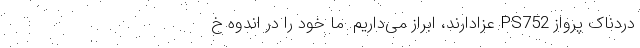
دردناک پرواز PS752 عزادارند، ابراز می‌داریم. ما خود را در اندوه خ